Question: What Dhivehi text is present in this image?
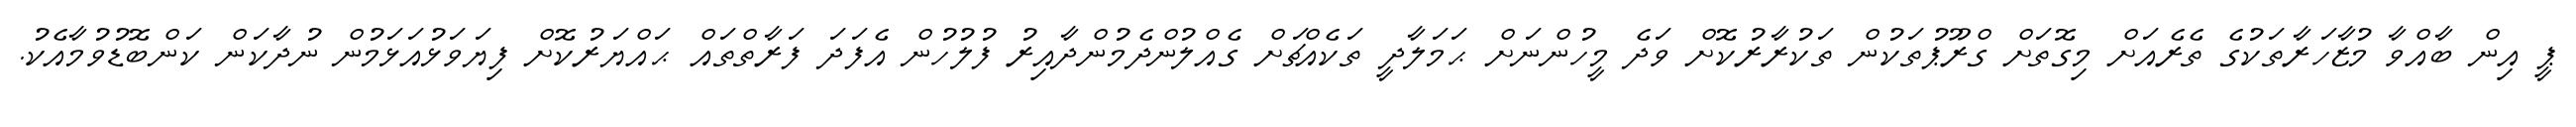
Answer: ޕީ އިން ބާއްވާ މުޒާހަރާތަކުގެ ތެރެއަށް މިގޮތަށް ގްރޫޕުތަކުން ތަކުރާރުކޮށް ވަދެ މީހުންނަށް ޙަމަލާދީ ތަކެއްޗަށް ގެއްލުންދެމުންދާއިރު ފުލުހުން އެފަދަ ފަރާތްތައް ޙައްޔަރުކޮށް ފިޔަވަޅުއަޅަމުން ނުދާކަން ކަންބޮޑުވުމާއެކު.